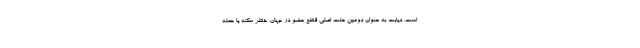
است. دیابت به عنوان دومین علت اصلی قطع عضو در جهان، خطر سکته یا حمله